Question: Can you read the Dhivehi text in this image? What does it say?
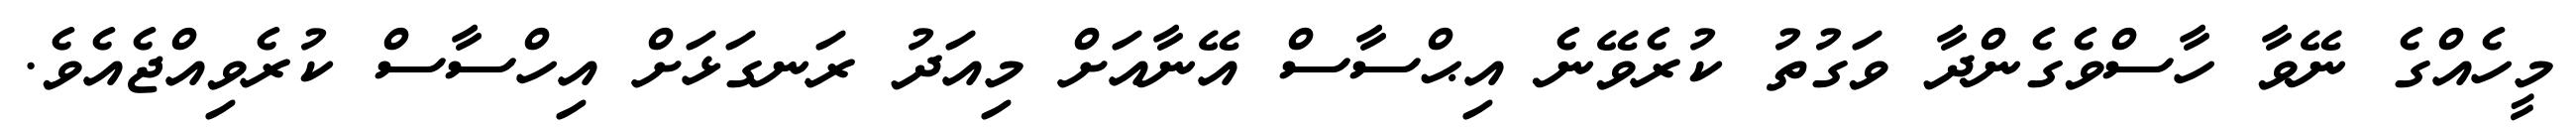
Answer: މީހެއްގެ ނޭވާ ހާސްވެގެންދާ ވަގުތު ކުރެވޭނެ އިޙްސާސް އޭނާއަށް މިއަދު ރަނގަޅަށް އިހްސާސް ކުރެވިއްޖެއެވެ.